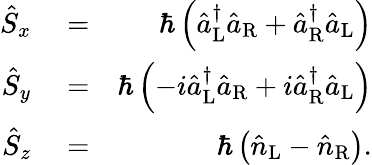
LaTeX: \begin{array}{rlr}{\hat{S}_{x}}&{{}=}&{\hbar\left(\hat{a}_{\mathrm{L}}^{\dagger}\hat{a}_{\mathrm{R}}+\hat{a}_{\mathrm{R}}^{\dagger}\hat{a}_{\mathrm{L}}\right)}\\ {\hat{S}_{y}}&{{}=}&{\hbar\left(-i\hat{a}_{\mathrm{L}}^{\dagger}\hat{a}_{\mathrm{R}}+i\hat{a}_{\mathrm{R}}^{\dagger}\hat{a}_{\mathrm{L}}\right)}\\ {\hat{S}_{z}}&{{}=}&{\hbar\left(\hat{n}_{\mathrm{L}}-\hat{n}_{\mathrm{R}}\right).}\end{array}